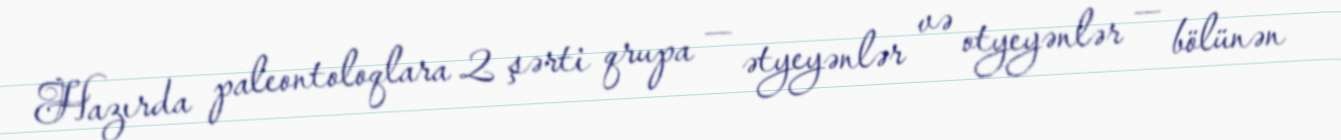
Hazırda paleontoloqlara 2 şərti qrupa — ətyeyənlər və otyeyənlər — bölünən